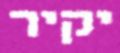
יקיר